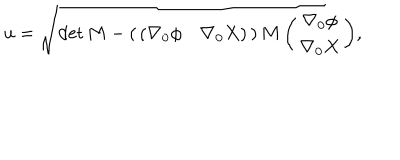
u = \sqrt { \det { M } - \left( \begin{array} { c c } { { ( \nabla _ { 0 } \phi } } & { { \nabla _ { 0 } X ) } } \\ \end{array} \right) M \left( \begin{array} { c } { { \nabla _ { 0 } \phi } } \\ { { \nabla _ { 0 } X } } \\ \end{array} \right) } ,